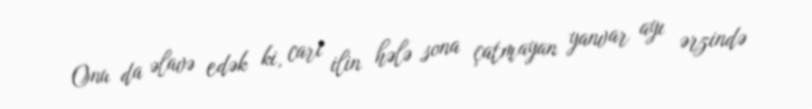
Onu da əlavə edək ki, cari ilin hələ sona çatmayan yanvar ayı ərzində